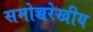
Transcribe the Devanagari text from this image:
समोच्चरेखीय